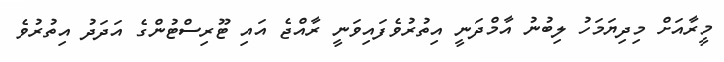
މީރާއަށް މިދިޔަމަހު ލިބުނު އާމްދަނީ އިތުރުވެފައިވަނީ ރާއްޖެ އައި ޓޫރިސްޓުންގެ އަދަދު އިތުރުވެ